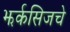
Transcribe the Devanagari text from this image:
झर्कसिजचे